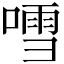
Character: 𠽌